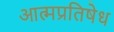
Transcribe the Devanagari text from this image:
आत्मप्रतिषेध